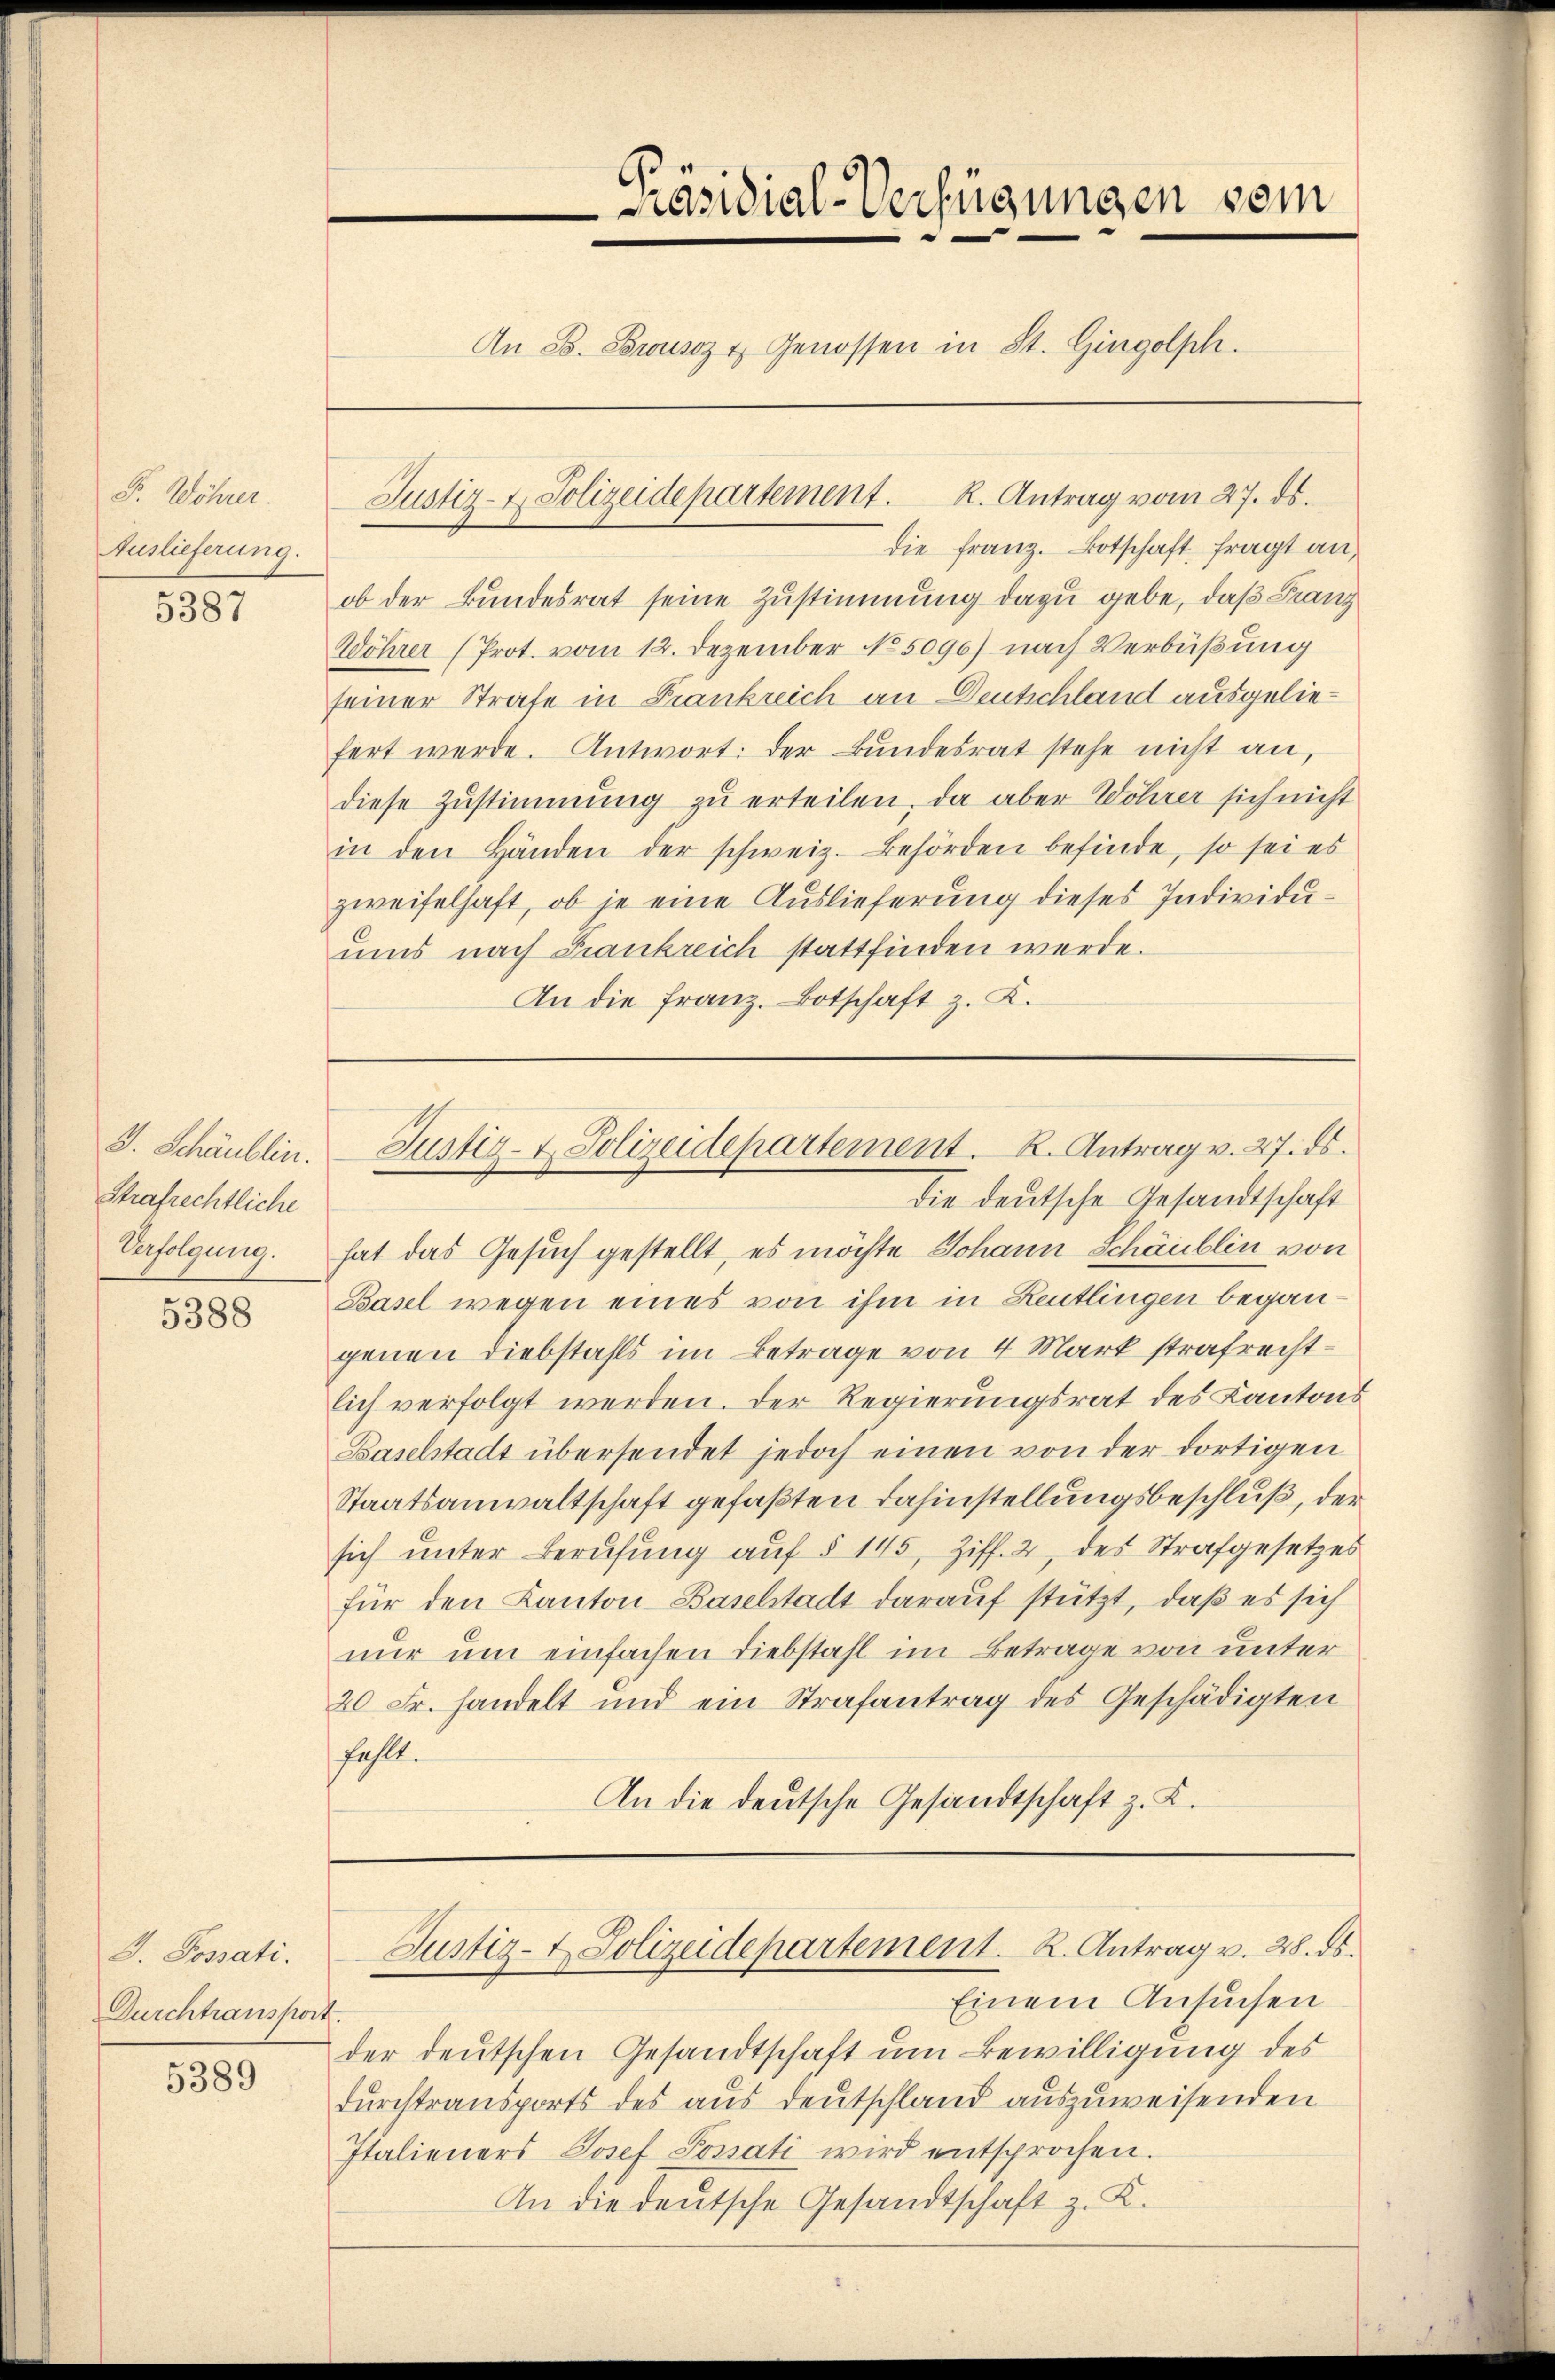
F. Wöhrer.
Auslieferung.

5387

D. Schäublin.
Strafrechtliche
Verfolgung.

5388

J. Possati.
Durchtranspor

5389

die Franz. Botschaft fragt an,
ob der Bundesrat seine Zustimmung dazu gebe, daß Franz
Wöhrer (Prot. vom 12. Dezember No 5096) nach Verbüßung
seiner Strafe in Frankreich an Deutschland ausgeliefert werde. Antwort: der Bundesrat stehe nicht an,
diese Zustimmung zu erteilen, da aber Wöhrer sich nicht
in den Händen der schweiz. Behörden befinde, so sei es
zweifelhaft, ob je eine Auslieferung dieses Individuums nach Frankreich stattfinden werde.
An die Franz. Botschaft z. K.

Präsidial-Verfügungen vom
An 8. Brusoz & Genossen in St. Gingolph.

Justiz- & Polizeidepartement. R. Antrag vom 27. ds.

Die deutsche Gesandtschaft
hat das Gesuch gestellt, es möchte Johann Schäublin von
Basel wegen eines von ihm in Reutlingen begangenen Diebstahls im Betrage von 4 Mark strafrechtlich verfolgt werden. Der Regierungsrat des Kantons
Baselstadt übersendet jedoch einen von der dortigen
Staatsanwaltschaft gefaßten Fahinstellungsbeschluß, der
sich ŭnter Berufung aŭf § 145, Ziff. 2, des Strafgesetzes
für den Kanton Baselstadt darauf stützt, daß es sich
nur um einfachen Diebstahl im Betrage von unter
20 Fr. handelt und ein Strafantrag des Geschädigten
fählt.
An die deutsche Gesandtschaft z. K.

Justiz- & Polizeidepartement. K. Antrag v. 27. ds.

Einem Ansuchen
4.
der deutschen Gesandtschaft um Bewilligung des
Durchtransports des aus Deutschland auszuweisenden
Italieners Josef Possati wird entsprochen.
An die deutsche Gesandtschaft z. K.

Justiz- & Polizeidepartement. R. Antrag v. 28. ds.